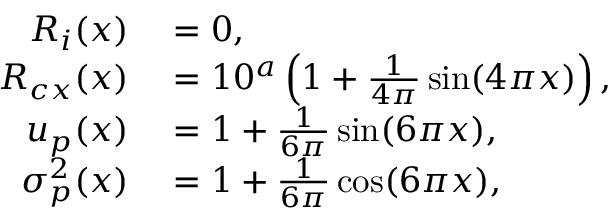
\begin{array} { r l } { R _ { i } ( x ) } & { { } = 0 , } \\ { R _ { c x } ( x ) } & { { } = 1 0 ^ { a } \left( 1 + \frac { 1 } { 4 \pi } \sin ( 4 \pi x ) \right) , } \\ { u _ { p } ( x ) } & { { } = 1 + \frac { 1 } { 6 \pi } \sin ( 6 \pi x ) , } \\ { \sigma _ { p } ^ { 2 } ( x ) } & { { } = 1 + \frac { 1 } { 6 \pi } \cos ( 6 \pi x ) , } \end{array}